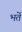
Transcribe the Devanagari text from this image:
भर्ते